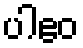
ပါဧဝ